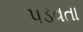
પડવતા